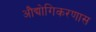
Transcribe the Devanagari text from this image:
औद्योगिकरणास